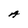
Character: A